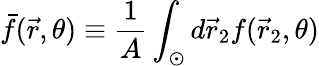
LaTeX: \bar{f}(\vec{r},\theta)\equiv{\frac{1}{A}}\int_{\odot}d\vec{r}_{2}f(\vec{r}_{2},\theta)